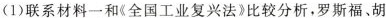
(1)联系材料一和《全国工业复兴法》比较分析，罗斯福、胡